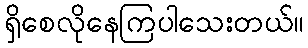
ရှိစေလိုနေကြပါသေးတယ်။